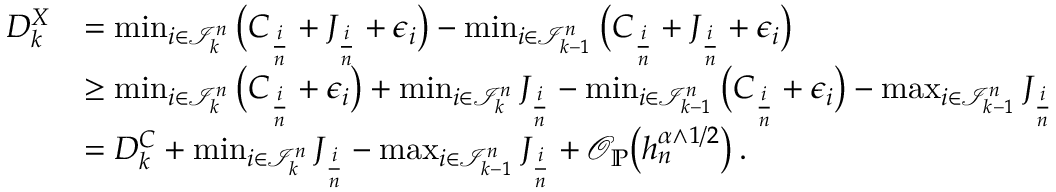
\begin{array} { r l } { D _ { k } ^ { X } } & { = \operatorname* { m i n } _ { i \in \mathcal { I } _ { k } ^ { n } } \big ( C _ { \frac { i } { n } } + J _ { \frac { i } { n } } + \epsilon _ { i } \big ) - \operatorname* { m i n } _ { i \in \mathcal { I } _ { k - 1 } ^ { n } } \big ( C _ { \frac { i } { n } } + J _ { \frac { i } { n } } + \epsilon _ { i } \big ) } \\ & { \ge \operatorname* { m i n } _ { i \in \mathcal { I } _ { k } ^ { n } } \big ( C _ { \frac { i } { n } } + \epsilon _ { i } \big ) + \operatorname* { m i n } _ { i \in \mathcal { I } _ { k } ^ { n } } J _ { \frac { i } { n } } - \operatorname* { m i n } _ { i \in \mathcal { I } _ { k - 1 } ^ { n } } \big ( C _ { \frac { i } { n } } + \epsilon _ { i } \big ) - \operatorname* { m a x } _ { i \in \mathcal { I } _ { k - 1 } ^ { n } } J _ { \frac { i } { n } } } \\ & { = D _ { k } ^ { C } + \operatorname* { m i n } _ { i \in \mathcal { I } _ { k } ^ { n } } J _ { \frac { i } { n } } - \operatorname* { m a x } _ { i \in \mathcal { I } _ { k - 1 } ^ { n } } J _ { \frac { i } { n } } + \mathcal { O } _ { \mathbb { P } } \big ( h _ { n } ^ { \alpha \wedge 1 / 2 } \big ) \, . } \end{array}